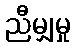
ညီမျှမှု